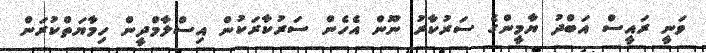
ވަނީ ރައީސް އަބްދު ޔާމީންގެ ސަރުކާރު ނޫން އެހެން ސަރުކާރަކުން އިސްލާމްދީން ހިމާޔަތްކުރަން